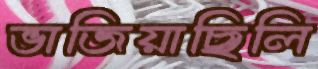
ভাজিয়াছিলি